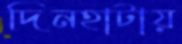
দিনহাটায়